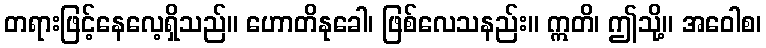
တရားဖြင့်နေလေ့ရှိသည်။ ဟောတိနုခေါ၊ ဖြစ်လေသနည်း။ ဣတိ၊ ဤသို့။ အဝေါစ၊